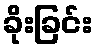
ခိုးခြင်း